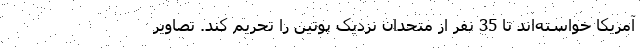
آمریکا خواسته‌اند تا 35 نفر از متحدان نزدیک پوتین را تحریم کند. تصاویر